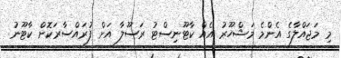
މި މަޖައްލާގެ އެންމެ މަޝްހޫރު އެއް ކާޓޫނިސްޓު ރަސޫލާ އަށް ފުރައްސާރަކޮށް ކާޓޫނު